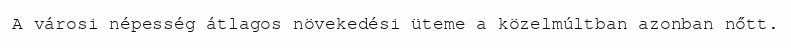
A városi népesség átlagos növekedési üteme a közelmúltban azonban nőtt.